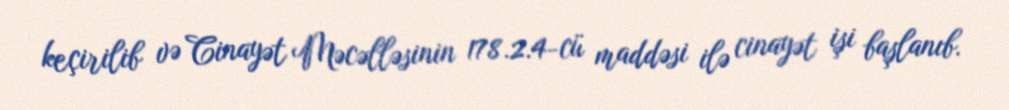
keçirilib və Cinayət Məcəlləsinin 178.2.4-cü maddəsi ilə cinayət işi başlanıb.